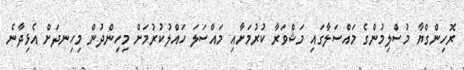
ރޮހިންގްޔާ މުސްލިމުންގެ މައްސަލާގައި މަޝްވަރާ ކުރުމަށާއި މައްސަލަ ހައްލުކުރުމަށް މިހިންދުން މިހިނދަށް އެޅިދާނެ